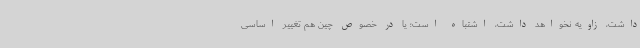
داشت، زاویه نخواهد داشت، اشتباه است؛ یا در خصوص چین هم تغییر اساسی